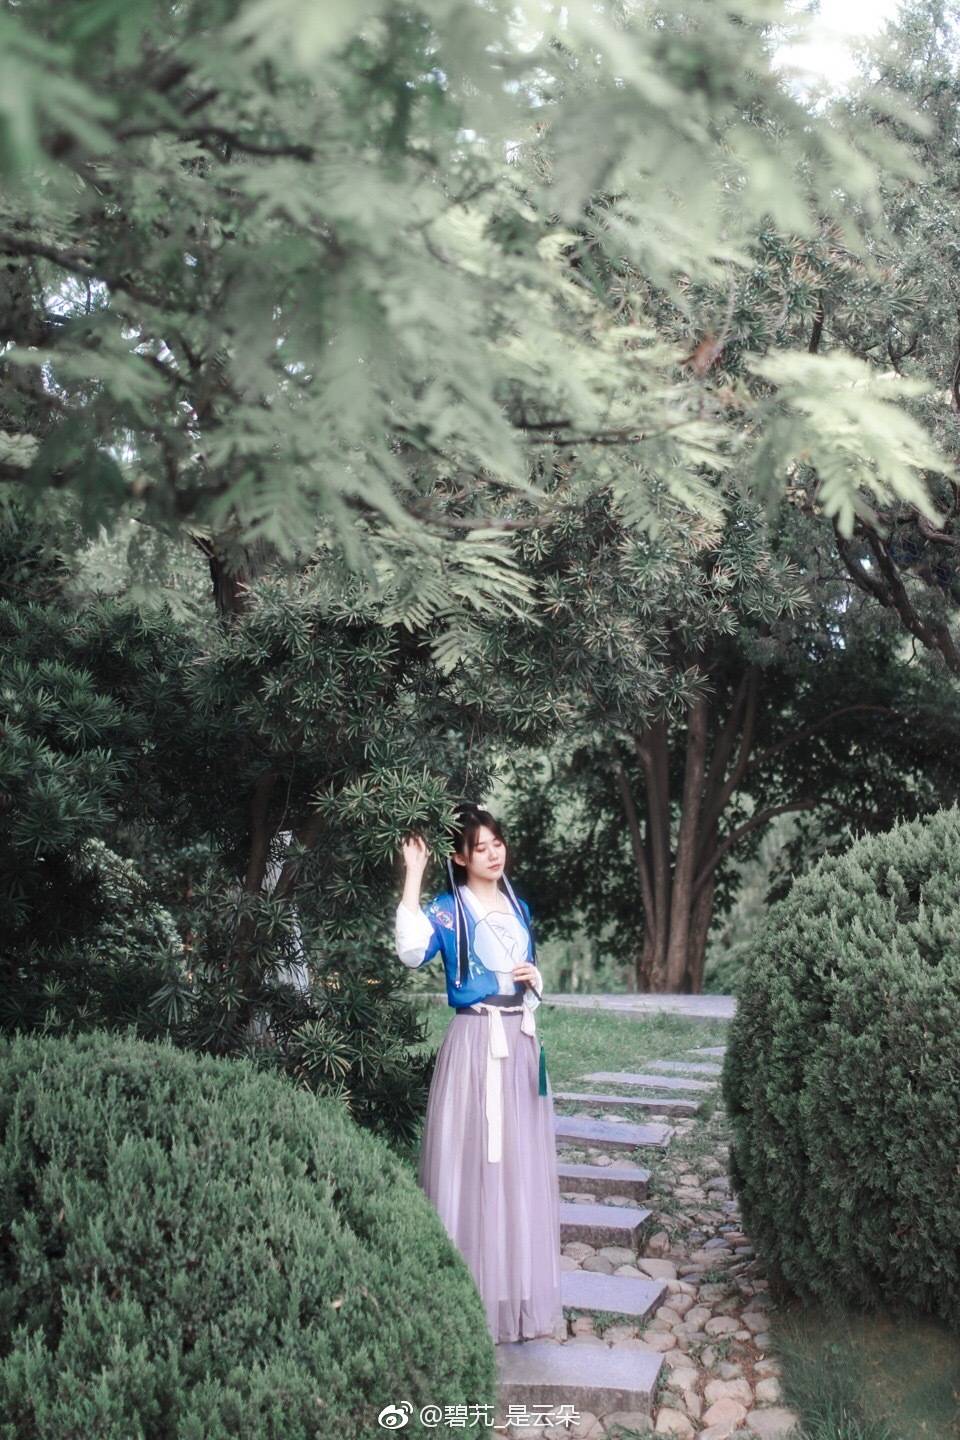
悄无人桐阴转午，晚凉新浴。